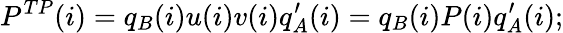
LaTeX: P^{TP}(i)=q_{B}(i)u(i)v(i)q_{A}^{\prime}(i)=q_{B}(i)P(i)q_{A}^{\prime}(i);